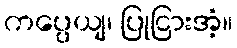
ကပ္ပေယျ၊ ပြုငြားအံ့။